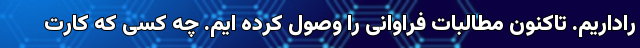
راداریم. تاکنون مطالبات فراوانی را وصول کرده ایم. چه کسی که کارت